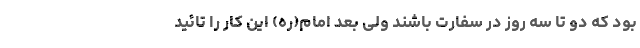
بود که دو تا سه روز در سفارت باشند ولی بعد امام(ره) این کار را تائید